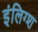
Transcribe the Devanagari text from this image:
इंलिग्श